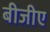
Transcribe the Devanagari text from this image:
बीजीए